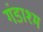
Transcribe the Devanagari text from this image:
गंडाश्म